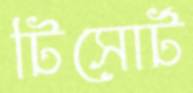
টিসোর্ট